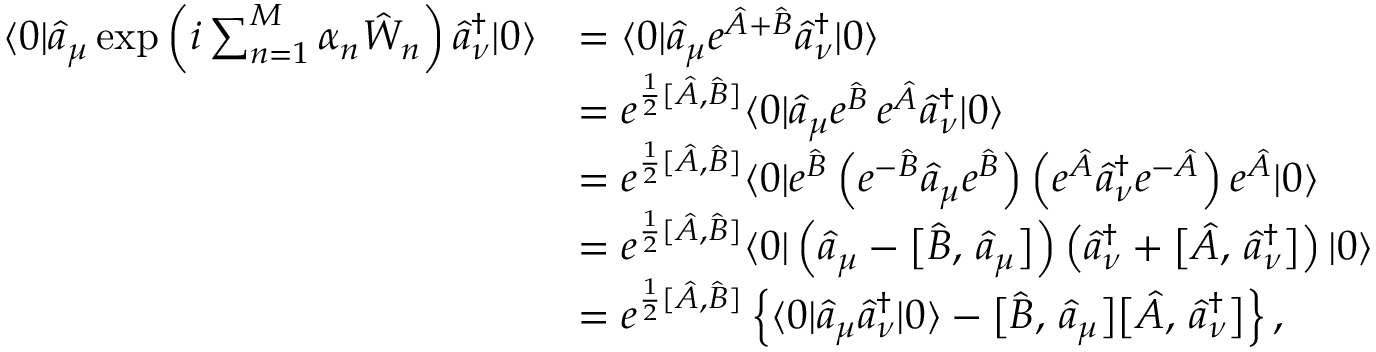
\begin{array} { r l } { \langle 0 | \hat { a } _ { \mu } \exp \left( i \sum _ { n = 1 } ^ { M } \alpha _ { n } \hat { W } _ { n } \right) \hat { a } _ { \nu } ^ { \dagger } | 0 \rangle } & { = \langle 0 | \hat { a } _ { \mu } e ^ { \hat { A } + \hat { B } } \hat { a } _ { \nu } ^ { \dagger } | 0 \rangle } \\ & { = e ^ { \frac { 1 } { 2 } [ \hat { A } , \hat { B } ] } \langle 0 | \hat { a } _ { \mu } e ^ { \hat { B } } \, e ^ { \hat { A } } \hat { a } _ { \nu } ^ { \dagger } | 0 \rangle } \\ & { = e ^ { \frac { 1 } { 2 } [ \hat { A } , \hat { B } ] } \langle 0 | e ^ { \hat { B } } \left( e ^ { - \hat { B } } \hat { a } _ { \mu } e ^ { \hat { B } } \right) \left( e ^ { \hat { A } } \hat { a } _ { \nu } ^ { \dagger } e ^ { - \hat { A } } \right) e ^ { \hat { A } } | 0 \rangle } \\ & { = e ^ { \frac { 1 } { 2 } [ \hat { A } , \hat { B } ] } \langle 0 | \left( \hat { a } _ { \mu } - \bigl [ \hat { B } , \, \hat { a } _ { \mu } \bigr ] \right) \left( \hat { a } _ { \nu } ^ { \dagger } + \bigl [ \hat { A } , \, \hat { a } _ { \nu } ^ { \dagger } \bigr ] \right) | 0 \rangle } \\ & { = e ^ { \frac { 1 } { 2 } [ \hat { A } , \hat { B } ] } \left\{ \langle 0 | \hat { a } _ { \mu } \hat { a } _ { \nu } ^ { \dagger } | 0 \rangle - \bigl [ \hat { B } , \, \hat { a } _ { \mu } \bigr ] \bigl [ \hat { A } , \, \hat { a } _ { \nu } ^ { \dagger } \bigr ] \right\} , } \end{array}